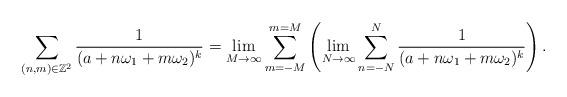
LaTeX: \begin{align*}~\sum_{(n,m)\in\mathbb{Z}^{2}}\frac{1}{(a+n\omega_{1}+m\omega_{2})^{k}}=\lim_{M\to\infty}\sum_{m=-M}^{m=M}\left(\lim_{N\to\infty}\sum_{n=-N}^{N}\frac{1}{(a+n\omega_{1}+m\omega_{2})^{k}}\right).\end{align*}